Lunatic asylums Madras 1877-1891 - 1877-1891
Year: 1877
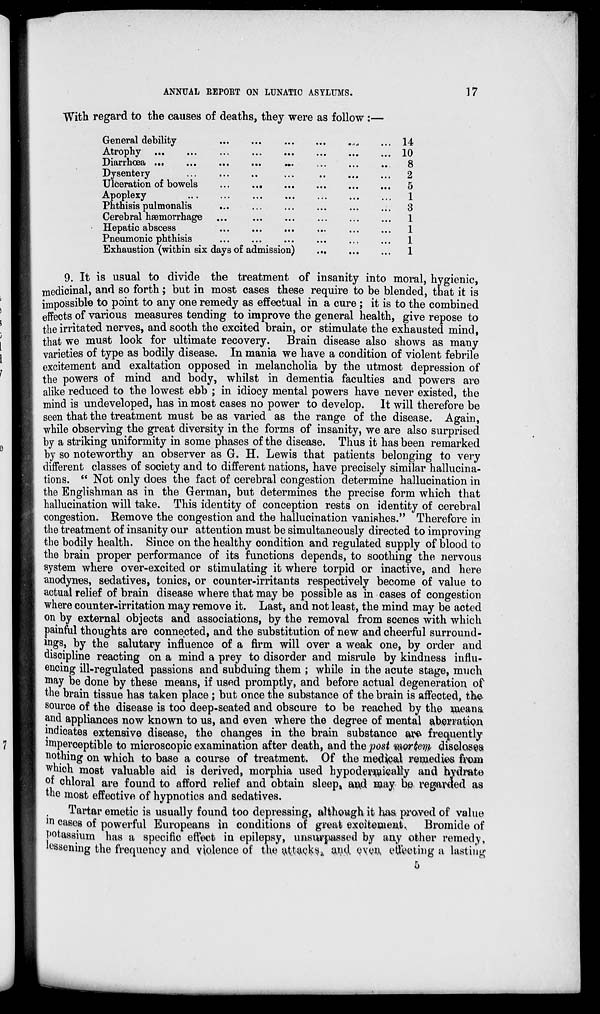
ANNUAL REPORT ON LUNATIC ASYLUMS.
17
With regard to the causes of deaths, they were as follow :—
General
debility.
...
...
...
...
...
...
Atrophy
...
...
...
...
...
...
...
...
Diarrhœa
...
...
...
...
...
...
...
...
Dysentery
...
...
...
...
...
...
...
Ulceration of bowels
...
...
...
...
...
...
Apoplexy
...
...
...
...
...
...
...
Phthisis pulmonalis ... ... ... ... ... ...
Cerebral hæmorrhage
...
...
...
...
...
...
Hepatic abscess ... ... ... ... ... ...
Pneumonic phthisis ... ... ... ... ... ...
Exhaustion (within six days of admission)
...
...
...
14
10
8
2
5
1
3
1
1
1
1
9. It is usual to divide the treatment of insanity into moral, hygienic,
medicinal, and so forth; but in most cases these require to be blended, that it is
impossible to point to any one remedy as effectual in a cure ; it is to the combined
effects of various measures tending to improve the general health, give repose to
the irritated nerves, and sooth the excited brain, or stimulate the exhausted mind,
that we must look for ultimate recovery. Brain disease also shows as many
varieties of type as bodily disease. In mania we have a condition of violent febrile
excitement and exaltation opposed in melancholia by the utmost depression of
the powers of mind and body, whilst in dementia faculties and powers are
alike reduced to the lowest ebb ; in idiocy mental powers have never existed, the
mind is undeveloped, has in most cases no power to develop. It will therefore be
seen that the treatment must be as varied as the range of the disease. Again,
while observing the great diversity in the forms of insanity, we are also surprised
by a striking uniformity in some phases of the disease. Thus it has been remarked
by so noteworthy an observer as G. H. Lewis that patients belonging to very
different classes of society and to different nations, have precisely similar hallucina-
tions. " Not only does the fact of cerebral congestion determine hallucination in
the Englishman as in the German, but determines the precise form which that
hallucination will take. This identity of conception rests on identity of cerebral
congestion. Remove the congestion and the hallucination vanishes." Therefore in
the treatment of insanity our attention must be simultaneously directed to improving
the bodily health. Since on the healthy condition and regulated supply of blood to
the brain proper performance of its functions depends, to soothing the nervous
system where over-excited or stimulating it where torpid or inactive, and here
anodynes, sedatives, tonics, or counter-irritants respectively become of value to
actual relief of brain disease where that may be possible as in cases of congestion
where counter-irritation may remove it. Last, and not least, the mind may be acted
on by external objects and associations, by the removal from scenes with which
painful thoughts are connected, and the substitution of new and cheerful surround-
ings, by the salutary influence of a firm will over a weak one, by order and
discipline reacting on a mind a prey to disorder and misrule by kindness influ-
encing ill-regulated passions and subduing them ; while in the acute stage, much
may be done by these means, if used promptly, and before actual degeneration of
the brain tissue has taken place ; but once the substance of the brain is affected, the
source of the disease is too deep-seated and obscure to be reached by the means
and appliances now known to us, and even where the degree of mental aberration
indicates extensive disease, the changes in the brain substance are frequently
imperceptible to microscopic examination after death, and the post mortem discloses
nothing on which to base a course of treatment. Of the medical remedies from
which most valuable aid is derived, morphia used hypodermically and hydrate
of chloral are found to afford relief and obtain sleep, and may be regarded as
the most effective of hypnotics and sedatives.
Tartar emetic is usually found too depressing, although it has proved of value
in cases of powerful Europeans in conditions of great excitement. Bromide of
potassium has a specific effect in epilepsy, unsurpassed by any other remedy,
lessening the frequency and violence of the attacks, and even, effecting a lasting
5